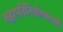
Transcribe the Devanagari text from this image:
महापरिनिर्वाणस्थली